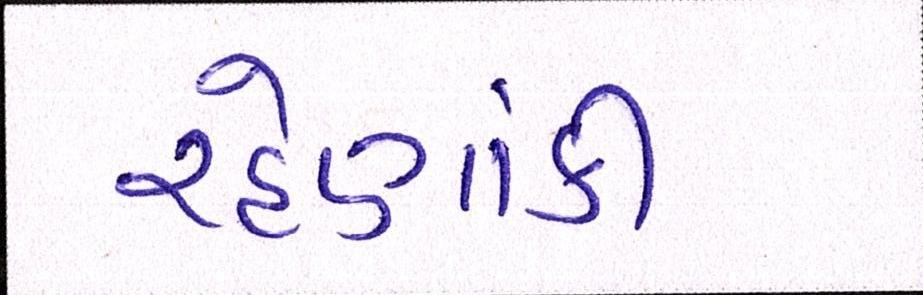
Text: રહેણાંકી